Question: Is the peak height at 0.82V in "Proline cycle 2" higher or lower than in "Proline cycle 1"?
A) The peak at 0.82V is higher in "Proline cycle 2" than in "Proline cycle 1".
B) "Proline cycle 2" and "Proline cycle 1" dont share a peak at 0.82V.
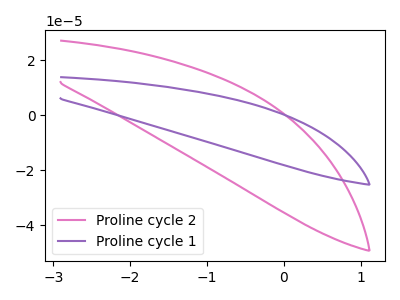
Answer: <think>The pink curve "Proline cycle 2" has no peaks. The purple curve "Proline cycle 1" has no peaks.</think>
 <answer>B) "Proline cycle 2" and "Proline cycle 1" dont share a peak at 0.82V.</answer>
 <eval>B</eval>